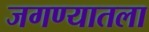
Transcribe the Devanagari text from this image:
जगण्यातला